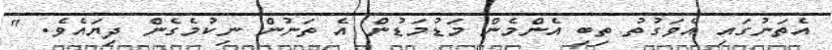
އެތަނުގައި އެވަގުތު ތިބި އެންމެން މަޑުމަޑުން އެ ތަނުން ނިކުމެގެން ދިޔައެވެ. "